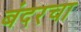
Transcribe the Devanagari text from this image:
बंदरचा